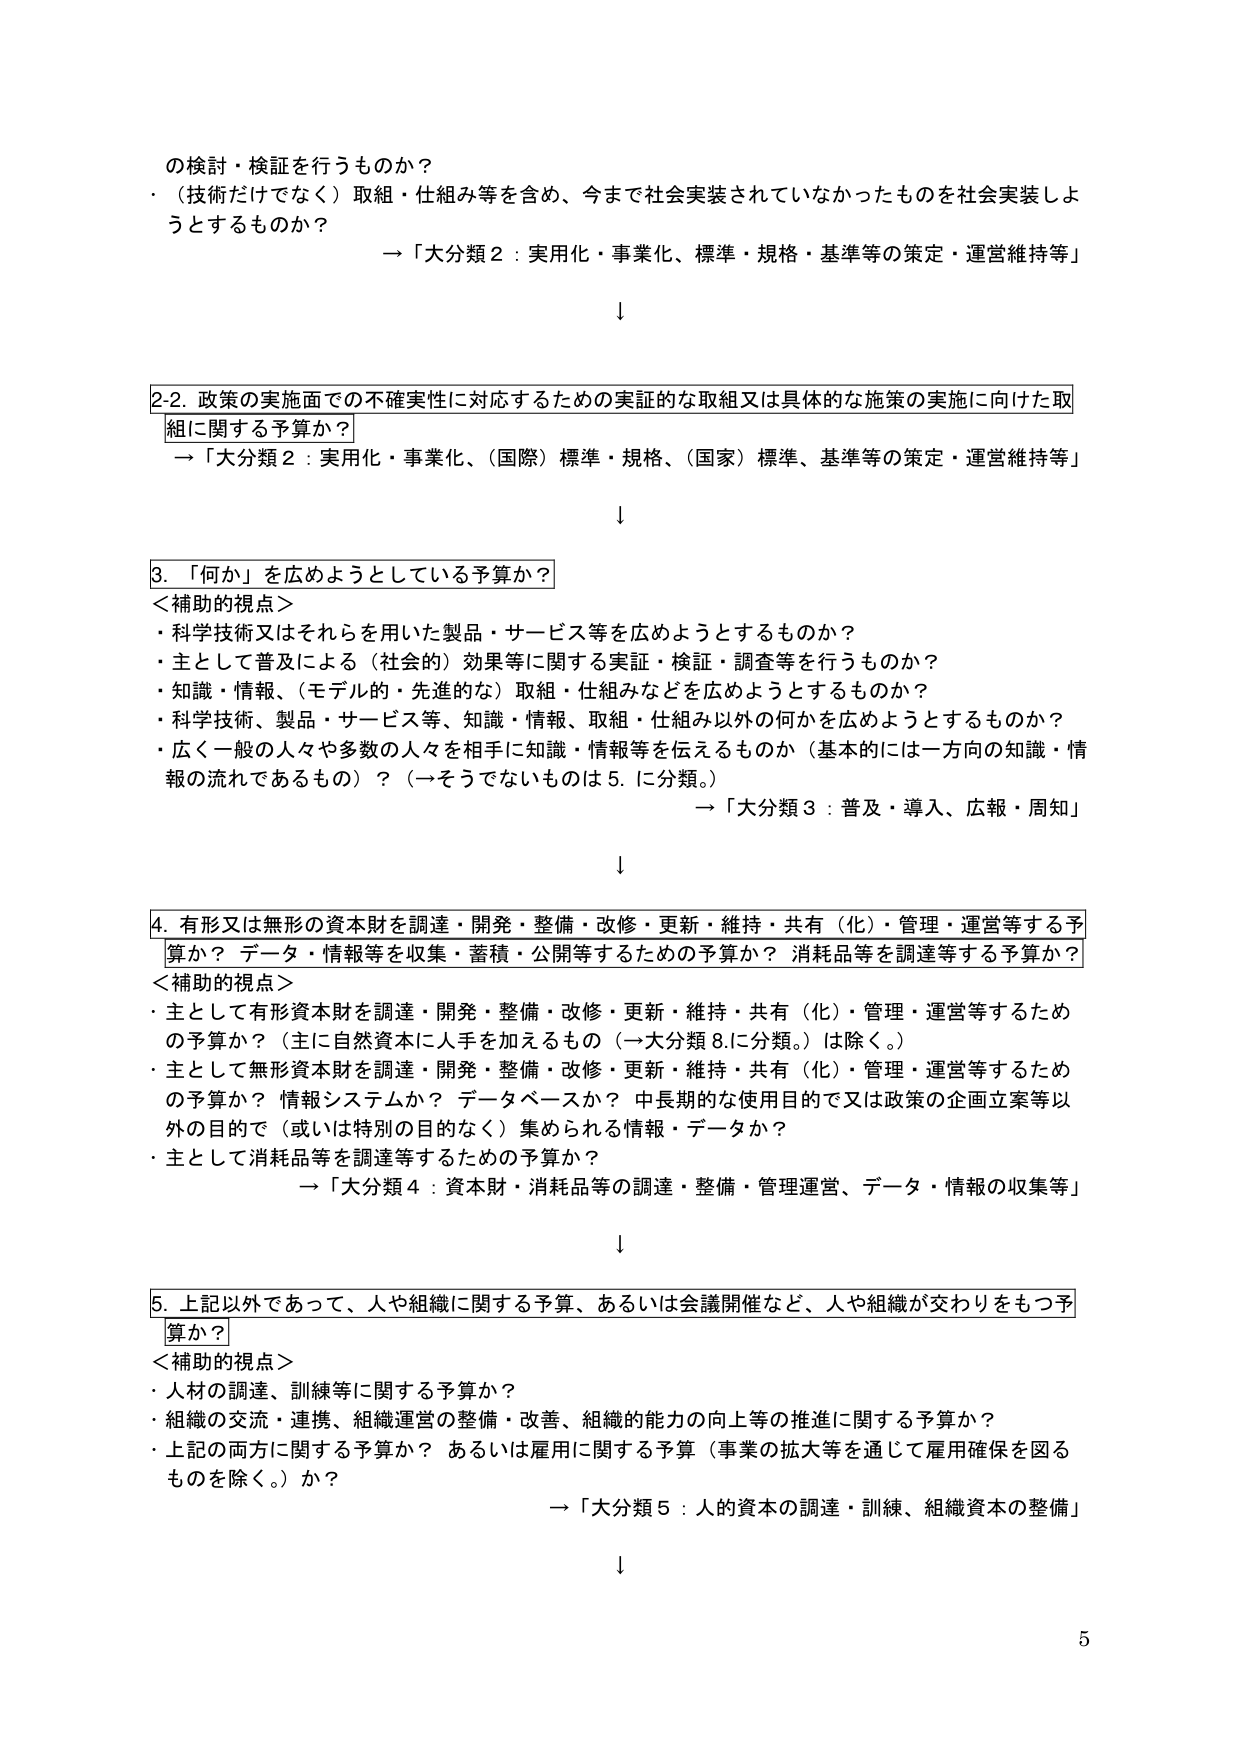
の検討・検証を行うものか？
・（技術だけでなく）取組・仕組み等を含め、今まで社会実装されていなかったものを社会実装しようとするものか？
　→「大分類２：実用化・事業化、標準・規格・基準等の策定・運営維持等」

↓

2-2. 政策の実施面での不確実性に対応するための実証的な取組又は具体的な施策の実施に向けた取組に関する予算か？
　→「大分類２：実用化・事業化、（国際）標準・規格、（国家）標準、基準等の策定・運営維持等」

↓

3. 「何か」を広めようとしている予算か？
＜補助的視点＞
・科学技術又はそれらを用いた製品・サービス等を広めようとするものか？
・主として普及による（社会的）効果等に関する実証・検証・調査等を行うものか？
・知識・情報、（モデル的・先進的な）取組・仕組みなどを広めようとするものか？
・科学技術、製品・サービス等、知識・情報、取組・仕組み以外の何かを広めようとするものか？
・広く一般の人々や多数の人々を相手に知識・情報を伝えるものか（基本的には一方向の知識・情報の流れであるもの）？（一そうでないものは5.に分類。）
　→「大分類３：普及・導入、広報・周知」

↓

4. 有形又は無形の資本財を調達・開発・整備・改修・更新・維持・共有（化）・管理・運営等する予算か？ データ・情報等を収集・蓄積・公開等するための予算か？ 消耗品等を調達等する予算か？
＜補助的視点＞
・主として有形資本財を調達・開発・整備・改修・更新・維持・共有（化）・管理・運営等するための予算か？（主に自然資本に人手を加えるもの（→大分類8.に分類。）は除く。）
・主として無形資本財を調達・開発・整備・改修・更新・維持・共有（化）・管理・運営等するための予算か？ 情報システムか？ データベースか？ 中長期的な使用目的で又は政策の企画立案等以外の目的で（或いは特別の目的なく）集められる情報・データか？
・主として消耗品等を調達等するための予算か？
　→「大分類４：資本財・消耗品等の調達・整備・管理運営、データ・情報の収集等」

↓

5. 上記以外であって、人や組織に関する予算、あるいは会議開催など、人や組織が交わりをもつ予算か？
＜補助的視点＞
・人材の調達、訓練等に関する予算か？
・組織の交流・連携、組織運営の整備・改善、組織の能力の向上等の推進に関する予算か？
・上記の両方に関する予算か？ あるいは雇用に関する予算（事業の拡大等を通じて雇用確保を図るものを除く。）か？
　→「大分類５：人的資本の調達・訓練、組織資本の整備」

↓

5